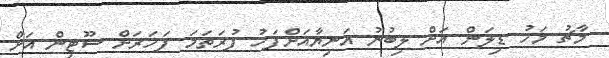
މާޗު މަހު ޑިލަން އަށް ލިބުނު އަނިޔާއަށްފަހު ފުރަތަމަ ފަހަރަށް ޝޫޓިން އަށް